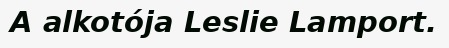
A alkotója Leslie Lamport.